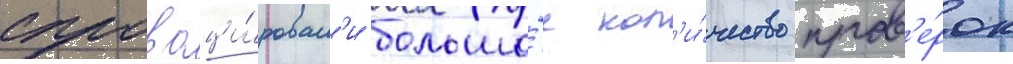
спровоци́ровал'и большо́е кол'и́чество пров'е́рок